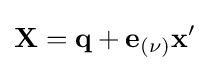
\mathbf {X} =\mathbf {\mathbf {q} } +\mathbf {e} _{(\nu )}\mathbf {x} '